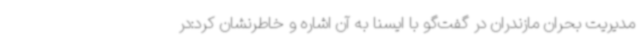
مدیریت بحران مازندران در گفت‌گو با ایسنا به آن اشاره و خاطرنشان کرد:در